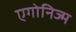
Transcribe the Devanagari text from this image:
एगोनिज्म